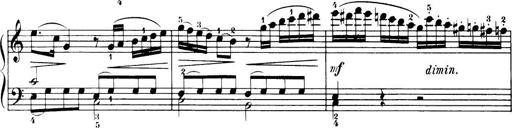
Title: 32 Sonatinas and Rondos for the Piano
Composer: Richard Kleinmichel